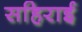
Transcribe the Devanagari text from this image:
सहिराई